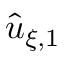
\widehat { u } _ { \xi , 1 }